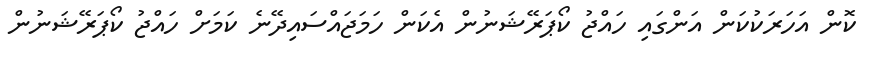
ކޮން އަހަރަކުކަން އަންގައި ހައްޖު ކޯޕަރޭޝަނުން އެކަން ހަމަޖައްސައިދޭނެ ކަމަށް ހައްޖު ކޯޕަރޭޝަނުން